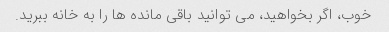
خوب، اگر بخواهید، می توانید باقی مانده ها را به خانه ببرید.